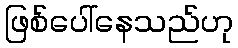
ဖြစ်ပေါ်နေသည်ဟု